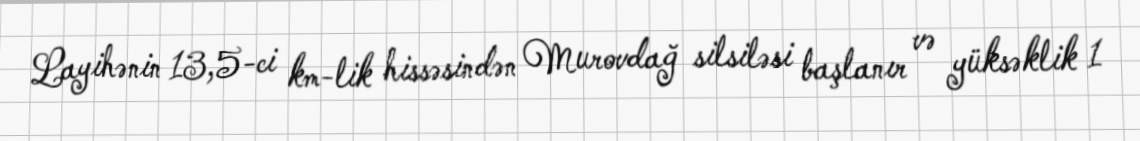
Layihənin 13,5-ci km-lik hissəsindən Murovdağ silsiləsi başlanır və yüksəklik 1